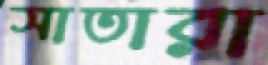
সাতারা